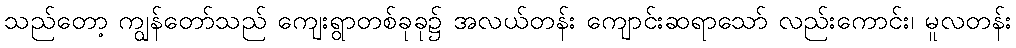
သည်တော့ ကျွန်တော်သည် ကျေးရွာတစ်ခုခု၌ အလယ်တန်း ကျောင်းဆရာသော် လည်းကောင်း၊ မူလတန်း